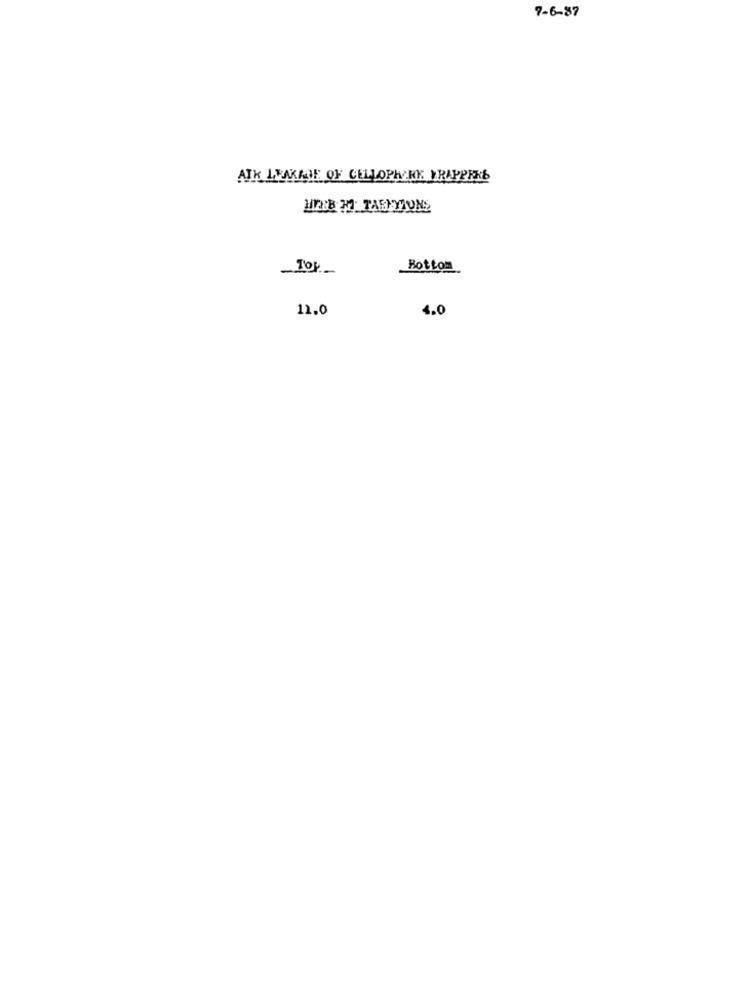
7-6-87
AIK LYAKADE OF CELLOPH/KK YRAPPRKE
TOP
Bottom
11.0
4.0